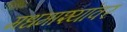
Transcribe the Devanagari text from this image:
मधमाश्यांवर